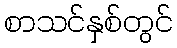
စာသင်နှစ်တွင်